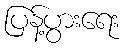
ပြန့်ပွားရေး